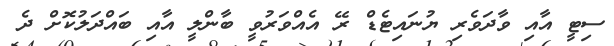
ސިޓީ އާއި ވާދަވެރި ޔުނައިޓެޑް ރޭ އެއްވަރުވީ ބާންލީ އާއި ބައްދަލުކޮށް ދެ